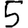
Digit: 5